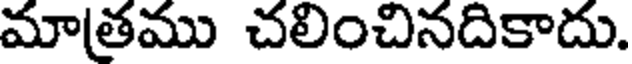
మాత్రము చలించినదికాదు.